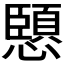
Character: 𭟏